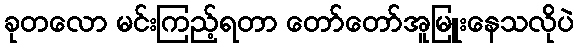
ခုတလော မင်းကြည့်ရတာ တော်တော်အူမြူးနေသလိုပဲ